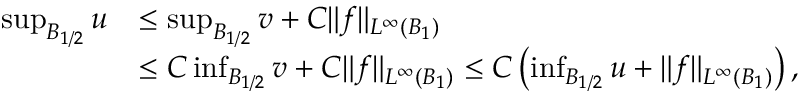
\begin{array} { r l } { \operatorname* { s u p } _ { B _ { 1 / 2 } } u } & { \le \operatorname* { s u p } _ { B _ { 1 / 2 } } v + C \| f \| _ { L ^ { \infty } ( B _ { 1 } ) } } \\ & { \le C \operatorname* { i n f } _ { B _ { 1 / 2 } } v + C \| f \| _ { L ^ { \infty } ( B _ { 1 } ) } \le C \left( \operatorname* { i n f } _ { B _ { 1 / 2 } } u + \| f \| _ { L ^ { \infty } ( B _ { 1 } ) } \right) , } \end{array}